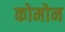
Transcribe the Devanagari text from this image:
कोमोन